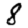
Digit: 8